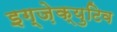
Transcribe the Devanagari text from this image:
इग्ज़ेक्युटिव